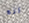
انه